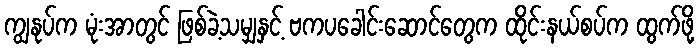
ကျွနုပ်က မုံးအာတွင် ဖြစ်ခဲ့သမျှနှင့် ဗကပခေါင်းဆောင်တွေက ထိုင်းနယ်စပ်က ထွက်ဖို့